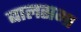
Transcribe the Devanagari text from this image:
बालसभा